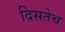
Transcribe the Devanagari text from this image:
दिसतेच